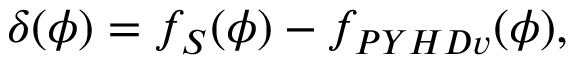
\delta ( \phi ) = f _ { S } ( \phi ) - f _ { P Y H D v } ( \phi ) ,